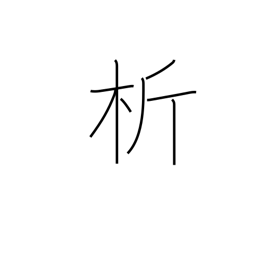
Meaning: tear